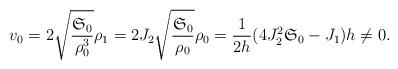
LaTeX: \begin{align*}v_{0}=2\sqrt{\frac{\mathfrak{S}_{0}}{\rho_{0}^{3}}}\rho_{1}=2J_{2}\sqrt{\frac{\mathfrak{S}_{0}}{\rho_{0}}}\rho_{0}=\frac{1}{2h}(4J_{2}^{2}\mathfrak{S}_{0}-J_{1})h\neq0.\end{align*}